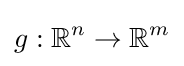
g:{\mathbb {R} }^{n}\rightarrow {\mathbb {R} }^{m}